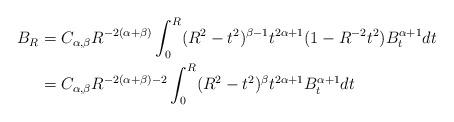
LaTeX: \begin{align*}B_R&=C_{\alpha,\beta}R^{-2(\alpha+\beta)}\int^R_0(R^2-t^2)^{\beta-1}t^{2\alpha+1}(1-R^{-2}t^2)B^{\alpha+1}_t dt\\&=C_{\alpha,\beta}R^{-2(\alpha+\beta)-2}\int^R_0(R^2-t^2)^{\beta}t^{2\alpha+1}B^{\alpha+1}_t dt\end{align*}